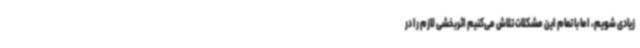
زیادی شویم، اما با تمام این مشکلات تلاش می‌کنیم اثربخشی لازم را در